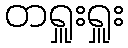
တရှူးရှူး